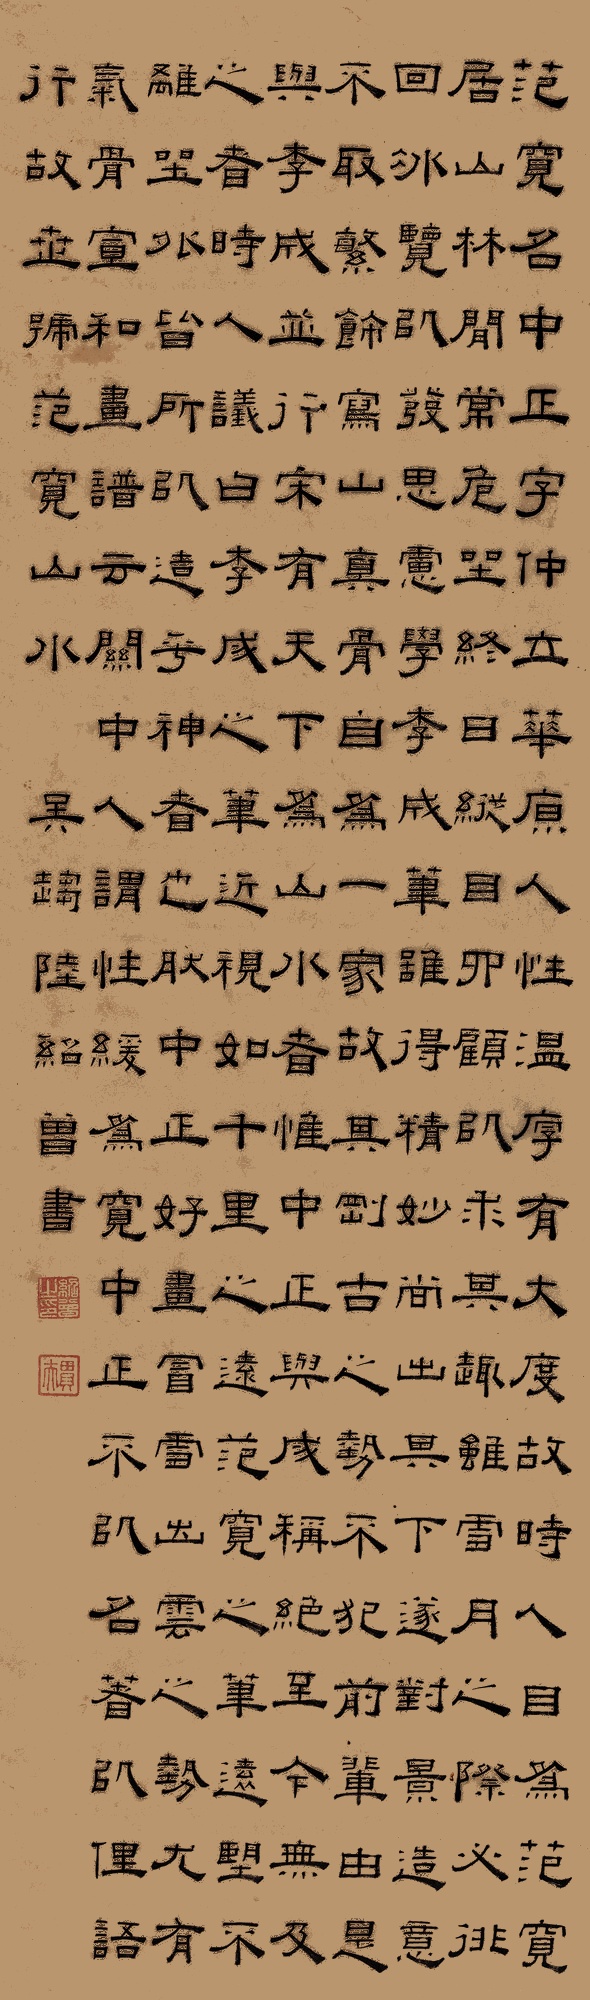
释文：范宽，名中正，字仲立，华源人。性温厚，有大度，故时人目为范宽。居山林间，常危坐终日，纵目四顾，以求其趣。虽雪月之际，必徘徊凝览，以发思虑。学李成笔，虽得精妙，尚出其下。遂对景造意，不取繁饰，写山真骨，自为一家。故其刚古之势，不犯前辈。由是与李成并行。宋有天下为山水者，惟中正与成称绝，至今无及之者。时人议曰：李成之笔，近视如千里之远；范宽之笔，远望不离坐外，皆所以造乎神者也。然中正好画冒雪出云之势，尤有气骨。《宣和画谱》云：关中人谓性缓为宽，中正不以名著，以俚语行，故世号范宽山水。吴趋陆绍曾书。